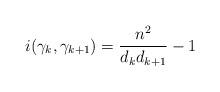
LaTeX: \begin{align*}i(\gamma_k,\gamma_{k+1})=\frac{n^2}{d_kd_{k+1}}-1\end{align*}